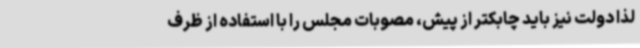
لذا دولت نیز باید چابکتر از پیش، مصوبات مجلس را با استفاده از ظرف